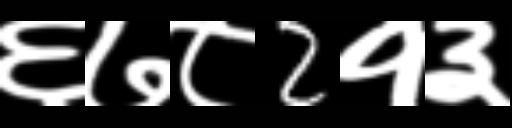
Text: ६७८2१३